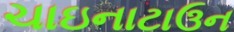
ચાઇનાટાઉન